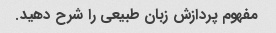
مفهوم پردازش زبان طبیعی را شرح دهید.